NAE_ERA_R-1992_EV_Ehitusministeerium, lk 19
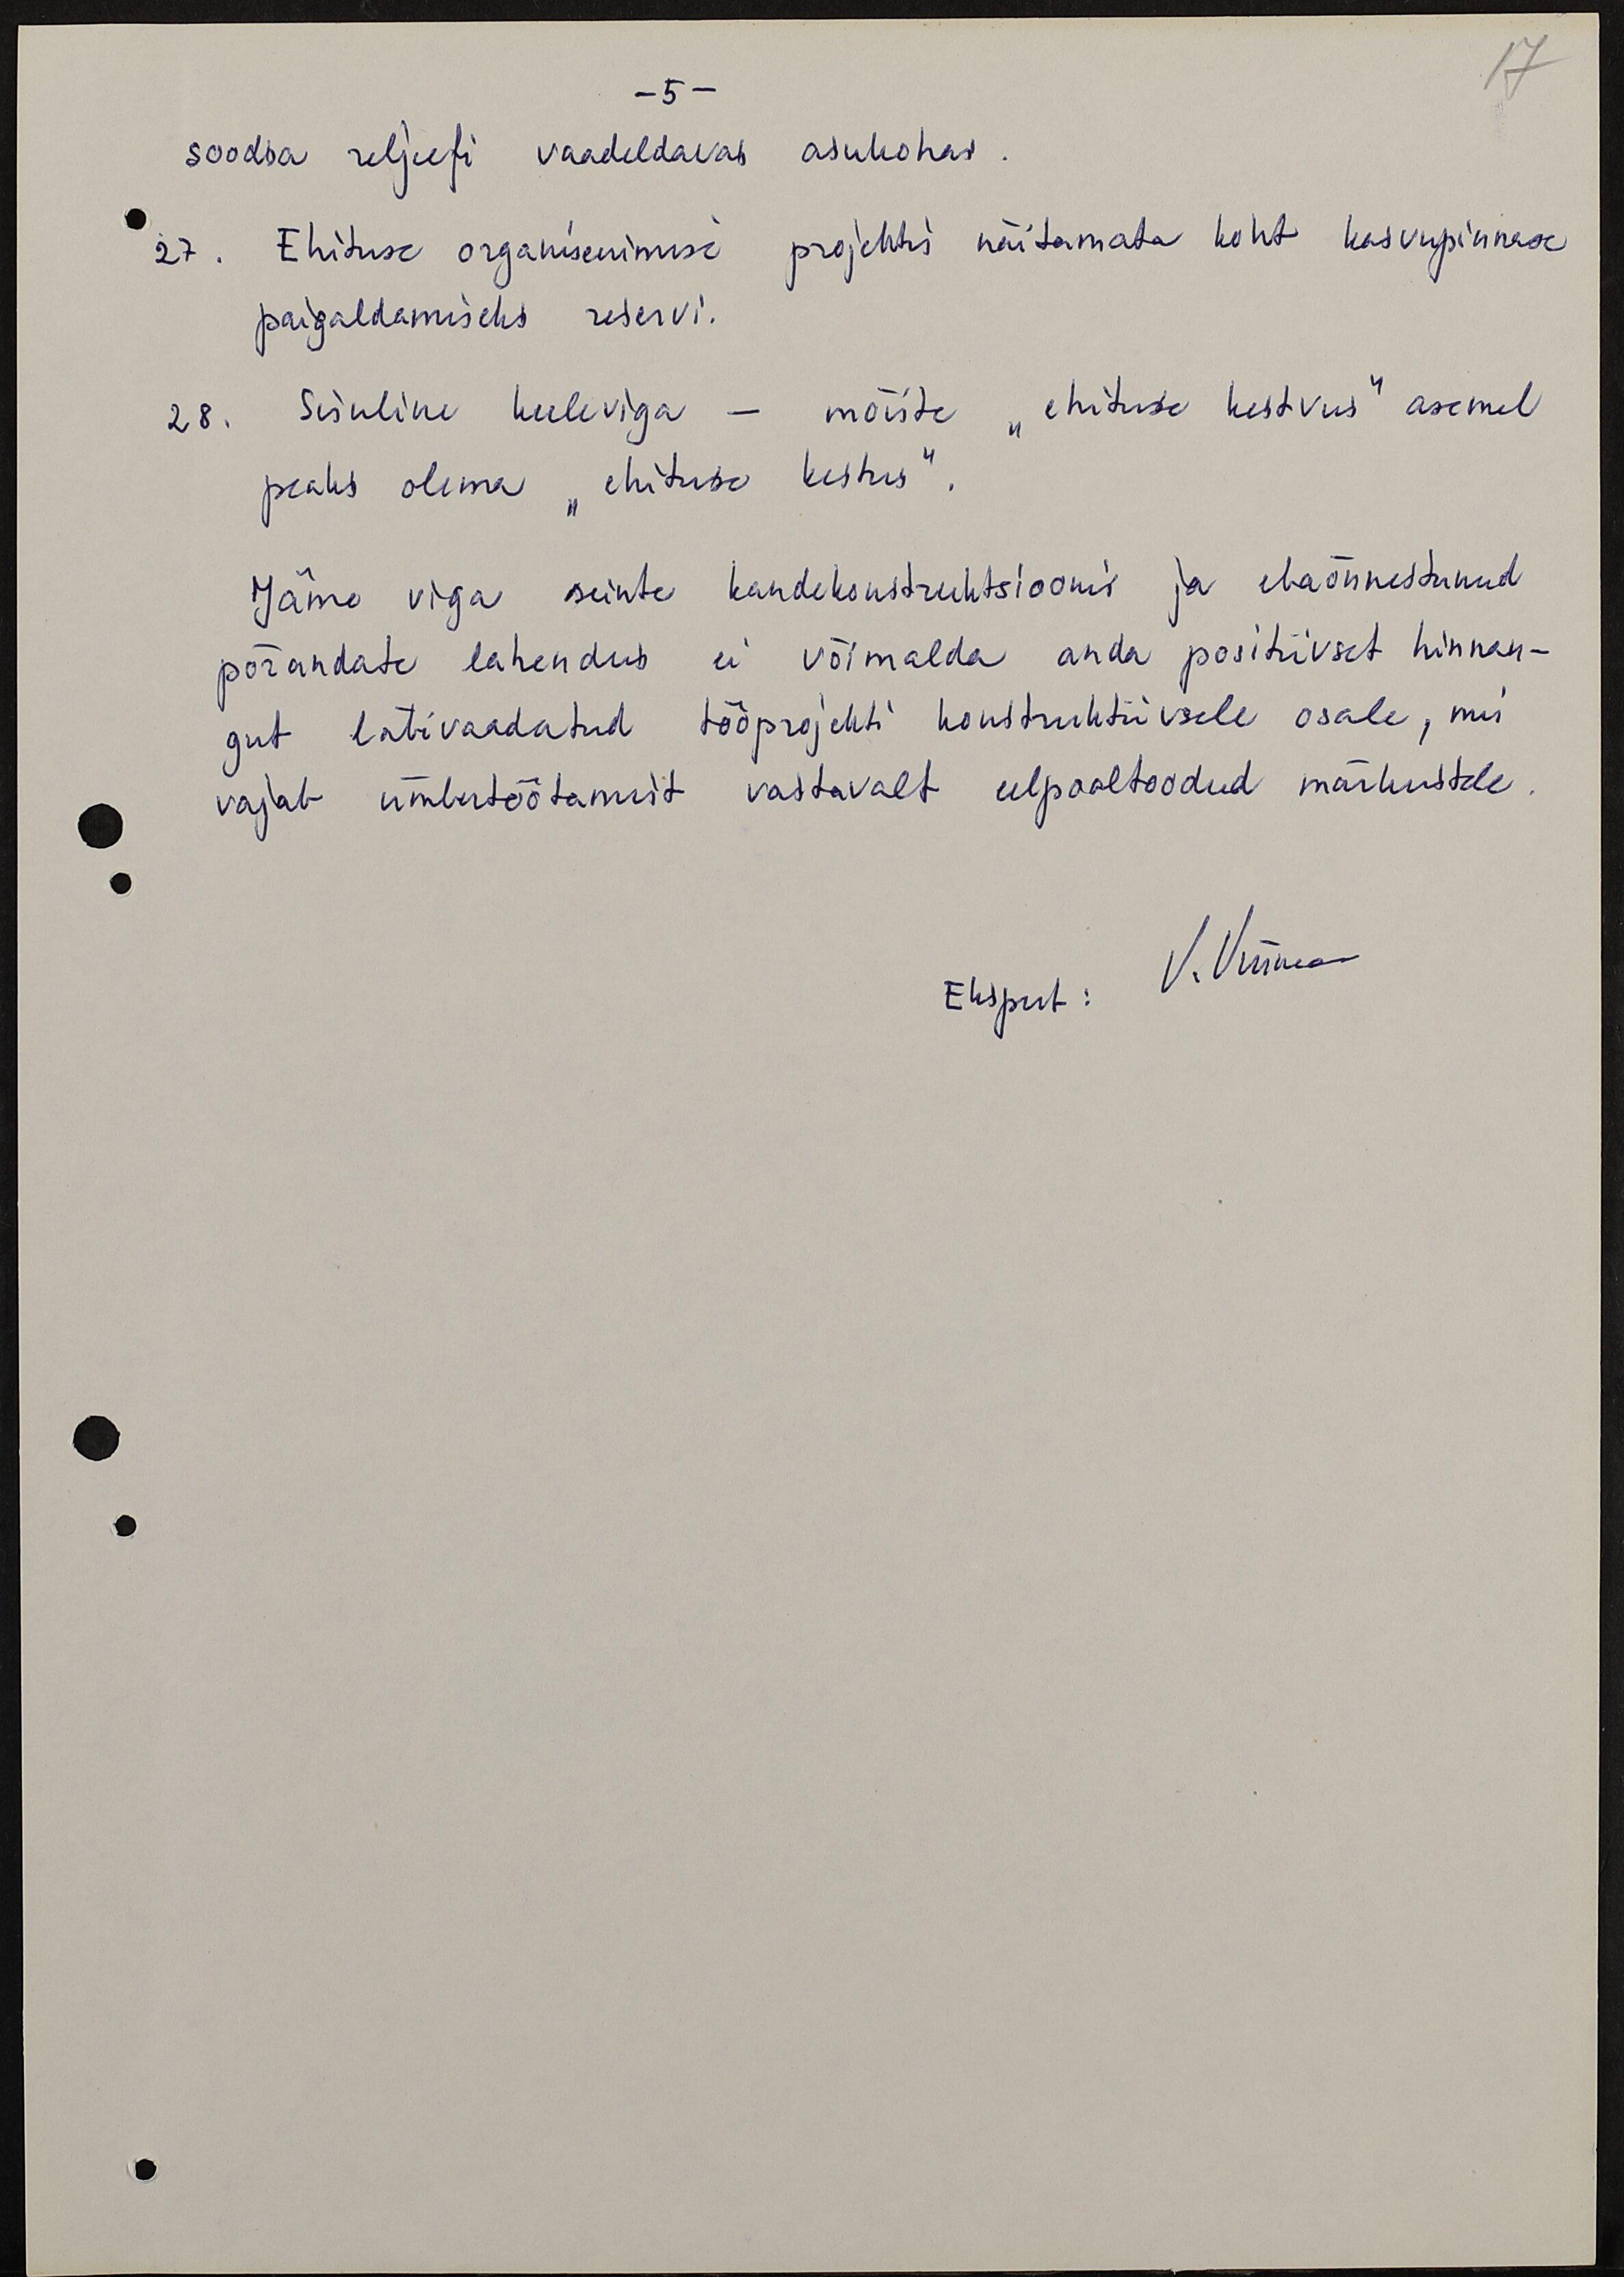
17
-5 -
soodsa reljeefi vaadeldavas asukohas.
27. Ehituse organiseerimise projektis näitamata koht kasvupinnase
paigaldamiseks reservi.
28. Sisuline keeleviga - mõiste "ehituse kestvus" asemel
peaks olema "ehituse kestus".
Jäme viga seinte kandekonstruktsioonis ja ebaõnnestunud
põrandate lahendus ei võimalda anda positiivset hinnan-
gut läbivaadatud tööprojekti konstruktiivsele osale, mis
vajab ümbertöötamist vastavalt eelpooltoodud märkustele.
Ekspert: V. Viirmaa